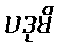
ပဒုမိ